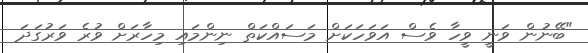
"ބޭނުން ވަނީ ވީހާ ވެސް އަވަހަކަށް މަސައްކަތް ނިންމައި މިހާރަށް ވުރެ ވަރުގަދަ